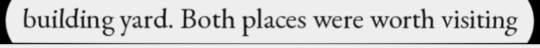
building yard. Both places were worth visiting